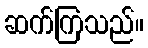
ဆက်ကြသည်။